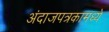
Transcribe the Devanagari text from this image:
अंदाजपत्रकामध्ये